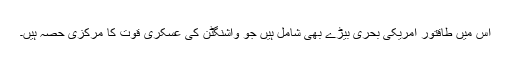
اس میں طاقتور امریکی بحری بیڑے بھی شامل ہیں جو واشنگٹن کی عسکری قوت کا مرکزی حصہ ہیں۔